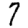
Digit: 7